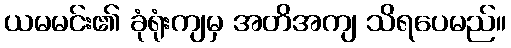
ယမမင်း၏ ခုံရုံးကျမှ အတိအကျ သိရပေမည်။